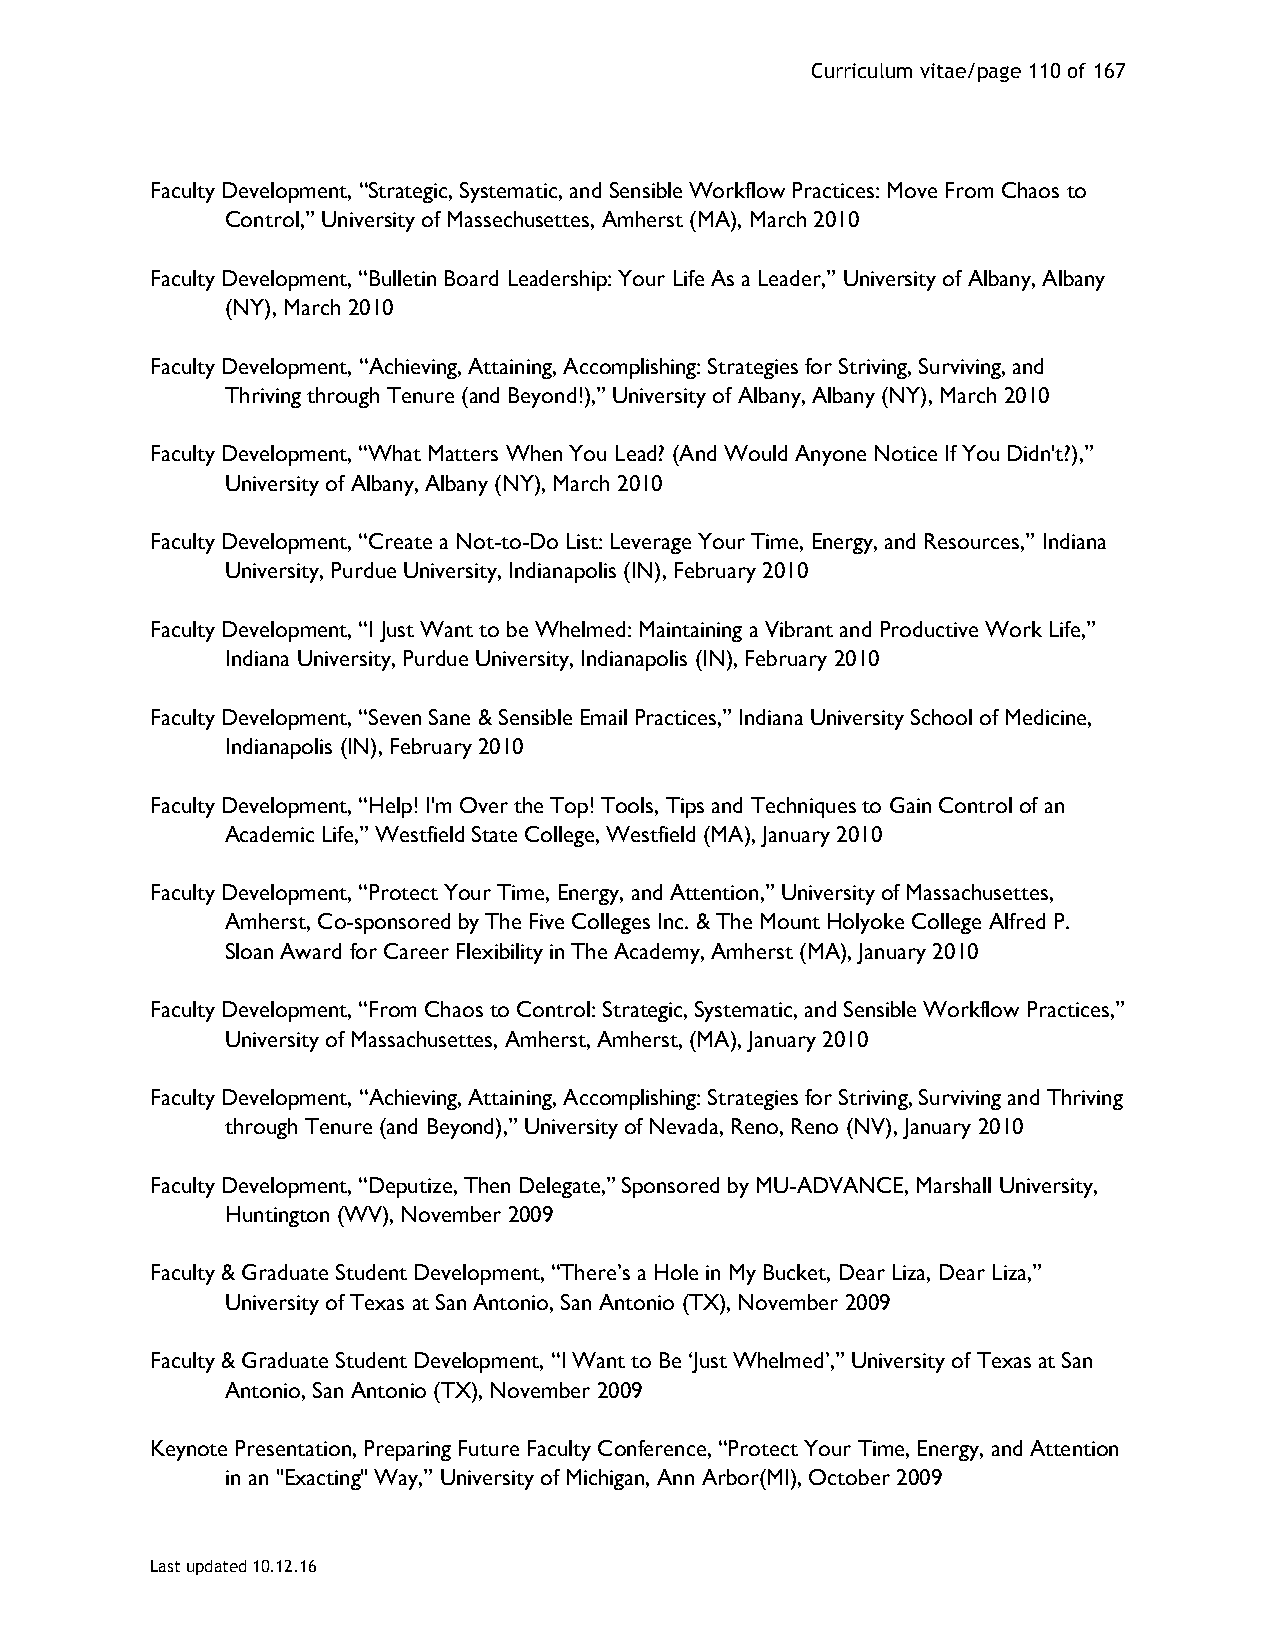
Curriculum vitae/page 110 of 167
 Faculty Development, “Strategic, Systematic, and Sensible Workflow Practices: Move From Chaos to
 Control,” University of Massechusettes, Amherst (MA), March 2010
 Faculty Development, “Bulletin Board Leadership: Your Life As a Leader,” University of Albany, Albany
 (NY), March 2010
 Faculty Development, “Achieving, Attaining, Accomplishing: Strategies for Striving, Surviving, and
 Thriving through Tenure (and Beyond!),” University of Albany, Albany (NY), March 2010
 Faculty Development, “What Matters When You Lead? (And Would Anyone Notice If You Didn't?),”
 University of Albany, Albany (NY), March 2010
 Faculty Development, “Create a Not-to-Do List: Leverage Your Time, Energy, and Resources,” Indiana
 University, Purdue University, Indianapolis (IN), February 2010
 Faculty Development, “I Just Want to be Whelmed: Maintaining a Vibrant and Productive Work Life,”
 Indiana University, Purdue University, Indianapolis (IN), February 2010
 Faculty Development, “Seven Sane & Sensible Email Practices,” Indiana University School of Medicine,
 Indianapolis (IN), February 2010
 Faculty Development, “Help! I'm Over the Top! Tools, Tips and Techniques to Gain Control of an
 Academic Life,” Westfield State College, Westfield (MA), January 2010
 Faculty Development, “Protect Your Time, Energy, and Attention,” University of Massachusettes,
 Amherst, Co-sponsored by The Five Colleges Inc. & The Mount Holyoke College Alfred P.
 Sloan Award for Career Flexibility in The Academy, Amherst (MA), January 2010
 Faculty Development, “From Chaos to Control: Strategic, Systematic, and Sensible Workflow Practices,”
 University of Massachusettes, Amherst, Amherst, (MA), January 2010
 Faculty Development, “Achieving, Attaining, Accomplishing: Strategies for Striving, Surviving and Thriving
 through Tenure (and Beyond),” University of Nevada, Reno, Reno (NV), January 2010
 Faculty Development, “Deputize, Then Delegate,” Sponsored by MU-ADVANCE, Marshall University,
 Huntington (WV), November 2009
 Faculty & Graduate Student Development, “There’s a Hole in My Bucket, Dear Liza, Dear Liza,”
 University of Texas at San Antonio, San Antonio (TX), November 2009
 Faculty & Graduate Student Development, “I Want to Be ‘Just Whelmed’,” University of Texas at San
 Antonio, San Antonio (TX), November 2009
 Keynote Presentation, Preparing Future Faculty Conference, “Protect Your Time, Energy, and Attention
 in an "Exacting" Way,” University of Michigan, Ann Arbor(MI), October 2009
 Last updated 10.12.16